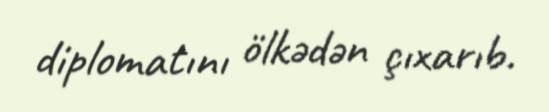
diplomatını ölkədən çıxarıb.